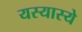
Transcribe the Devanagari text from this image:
यस्यास्ये